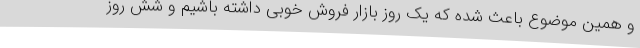
و همین موضوع باعث شده که یک روز بازار فروش خوبی داشته باشیم و شش روز